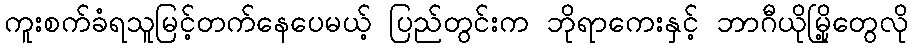
ကူးစက်ခံရသူမြင့်တက်နေပေမယ့် ပြည်တွင်းက ဘိုရာကေးနှင့် ဘာဂီယိုမြို့တွေလို